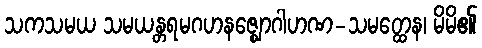
သကသမယ သမယန္တရမဂဟနဇ္ဈောဂါဟဏ-သမတ္ထေန၊ မိမိ၏